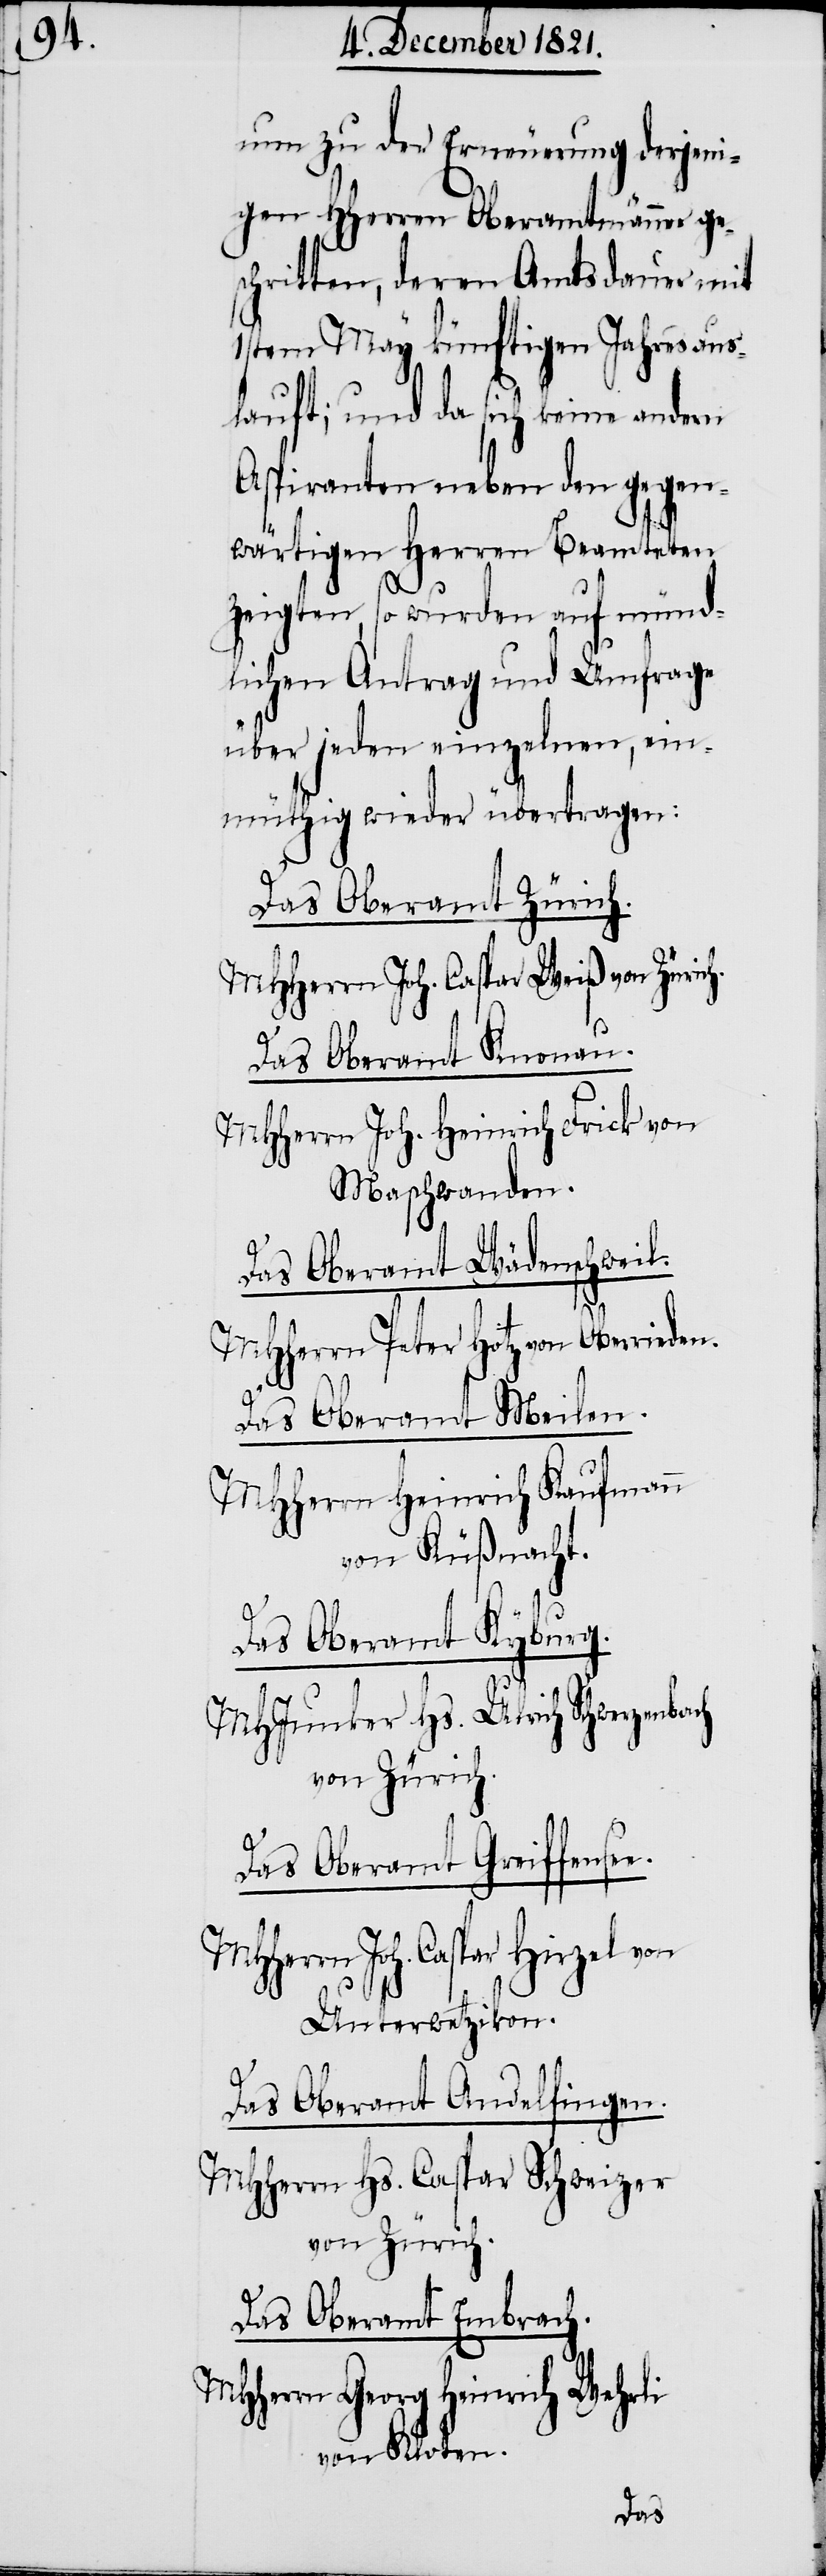
nun zu der Erneuerung derjeni¬
gen HHerren Oberamtmänner ges¬
chritten, deren Amtsdauer mit
1stem May künftigen Jahres aus¬
lauft; und da sich keine andern
Aspiranten neben den gegen¬
wärtigen Herren Beamteten
zeigten, so wurden auf münd¬
lichen Antrag und Umfrage
über jeden einzelnen, ein¬
müthig wieder übertrag¬
Das Oberamt Züric¬
MHHerrn Joh. Caspar Hirzel von
Das Oberamt Knona¬
oten.
MHHerrn Joh. Heinrich Fr¬
Maschwanden.
Das Oberamt Wädensch¬
MHHerrn Peter Hotz von Oberrie¬
Das Oberamt Meilen.
MHHerrn Heinrich Kaufmann
von Küßnacht.
Das Oberamt Kyburg.
MHJunker Hs. Ulrich Schwerzenb¬
von Zürich.
Das Oberamt Greiffense¬
Unterwetzikon.
Das Oberamt Andelfingen.
MHHerrn Hs. Caspar Schweizer
von Zürich.
Das Oberamt Embrach.
ch Wehr¬
MHHerrn Georg Hei¬
nri¬
von Kl¬